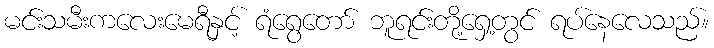
မင်းသမီးကလေးမေရီနှင့် ရံရွေတော် ဘူရင်းတို့ရှေ့တွင် ရပ်နေလေသည်။